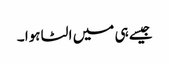
جیسے ہی میں الٹا ہوا ۔